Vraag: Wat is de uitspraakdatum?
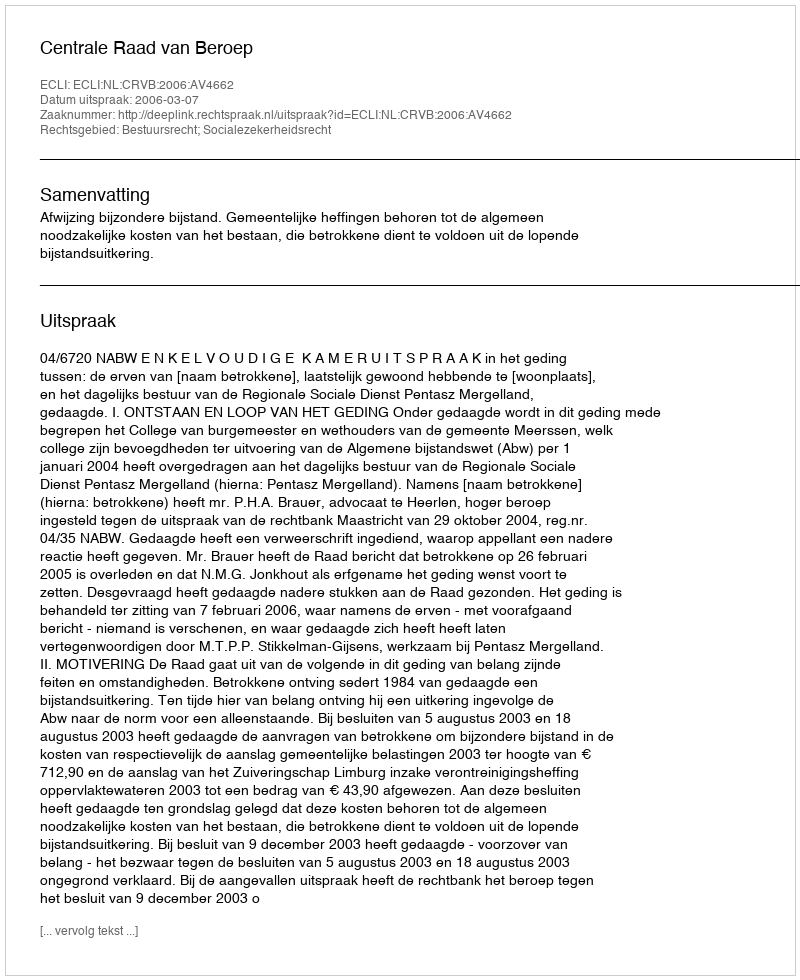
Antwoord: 2006-03-07